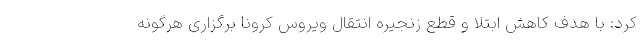
کرد: با هدف کاهش ابتلا و قطع زنجیره انتقال ویروس کرونا برگزاری هرگونه